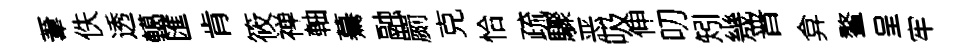
葦佚透轕匯肯筱禅軸驀融罽克恰疏驟恶吸伸叨矧㡬晋弇鳌呈牢